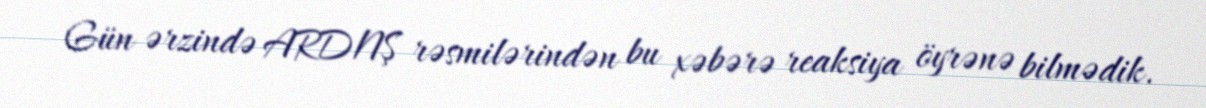
Gün ərzində ARDNŞ rəsmilərindən bu xəbərə reaksiya öyrənə bilmədik.